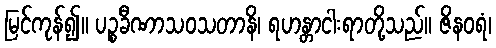
မြင်ကုန်၍။ ပဉ္စခီဏာသဝသတာနိ၊ ရဟန္တာငါးရာတို့သည်။ ဇိနဝရံ၊